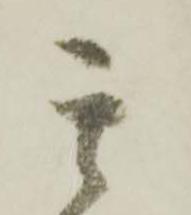
其